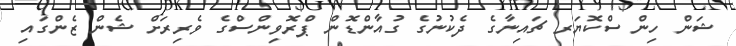
ޝަން ހިން ސްކޮޔަރ ޗައިނާގެ ދެކުނުގެ ގުއާންޑޮން ޕްރޮވިންސްގެ ވެރިރަށް ޝެން ޒެންގައި